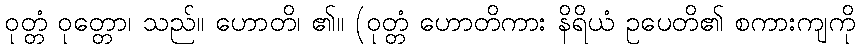
ဝုတ္တံ ဝုတ္တော၊ သည်။ ဟောတိ၊ ၏။ (ဝုတ္တံ ဟောတိကား နိရိယံ ဥပေတိ၏ စကားကျကို